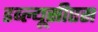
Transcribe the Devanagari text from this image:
डब्ल्यूसीएस